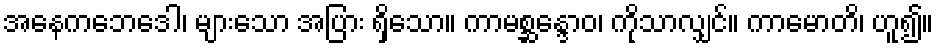
အနေကဘေဒေါ၊ များသော အပြား ရှိသော။ ကာမစ္ဆန္ဒောဝ၊ ကိုသာလျှင်။ ကာမောတိ၊ ဟူ၍။